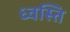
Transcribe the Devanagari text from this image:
ध्वस्ति